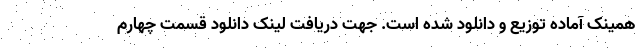
همینک آماده توزیع و دانلود شده است. جهت دریافت لینک دانلود قسمت چهارم